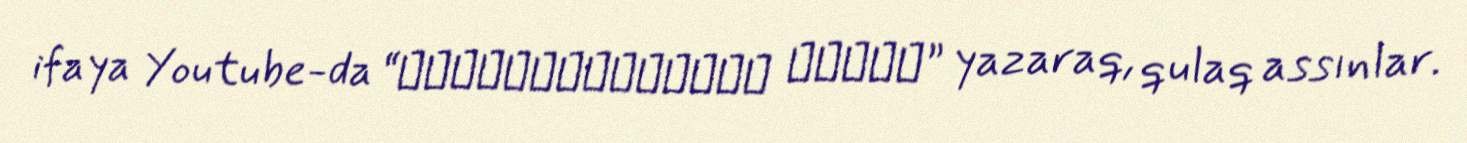
ifaya Youtube-da “Бухенвальдский набат” yazaraq, qulaq assınlar.